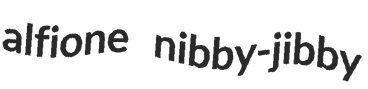
alfione nibby-jibby